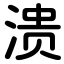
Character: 溃